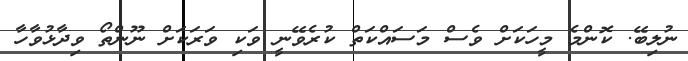
ނުލިބޭ. ކޮންމެ މީހަކަށް ވެސް މަސައްކަތް ކުރެވޭނީ ވަކި ވަރަކަށް ނޫންތޯ ވިދާޅުވާހާ